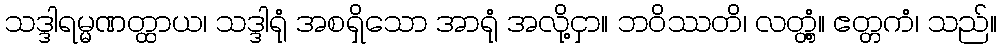
သဒ္ဒါရမ္မဏတ္ထာယ၊ သဒ္ဒါရုံ အစရှိသော အာရုံ အလို့ငှာ။ ဘဝိဿတိ၊ လတ္တံ့။ ဧတ္တကံ၊ သည်။